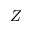
Z